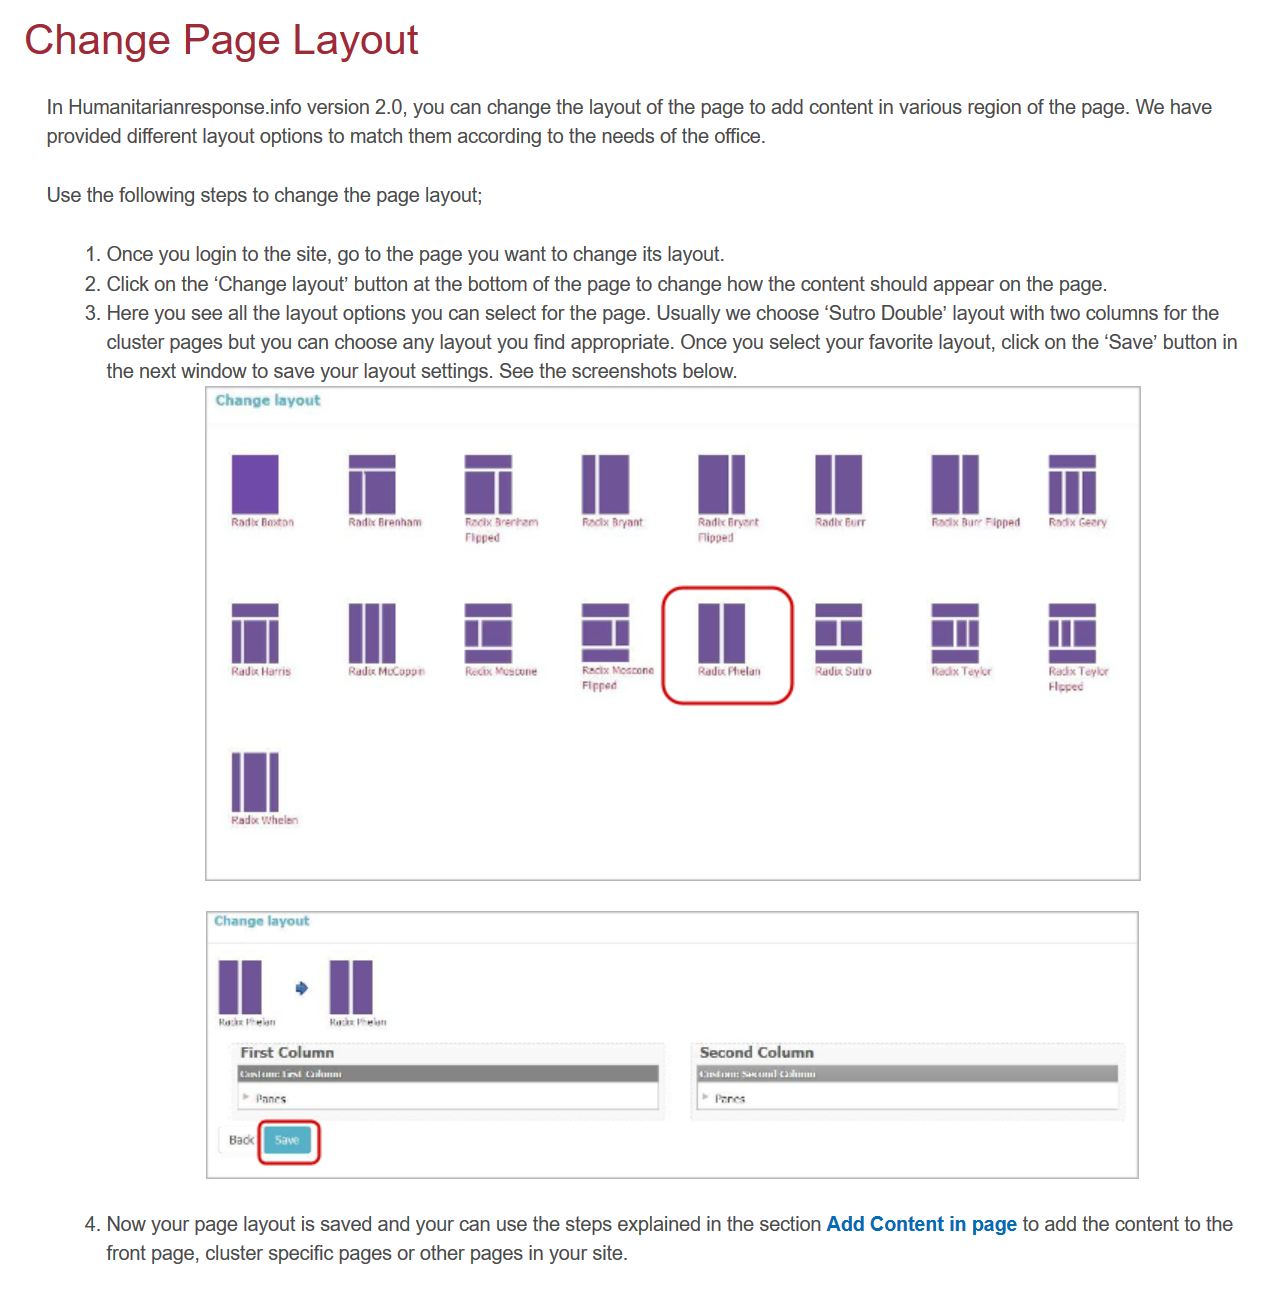
In Humanitarianresponse.info version 2.0, you can change the layout of the page to add content in various region of the page. We have
     provided different layout options to match them according to the needs of the office.
   Change    Page    Layout
     Use the following steps to change the page layout;
     1. Once you login to the site, go to the page you want to change its layout.
     2. Click on the ‘Change layout’ button at the bottom of the page to change how the content should appear on the page.
     4. Now your page layout is saved and your can use the steps explained in the section Add Content in page to add the content to the
     front page, cluster specific pages or other pages in your site.
     3. Here you see all the layout options you can select for the page. Usually we choose ‘Sutro Double’ layout with two columns for the
     cluster pages but you can choose any layout you find appropriate. Once you select your favorite layout, click on the ‘Save’ button in
     the next window to save your layout settings. See the screenshots below.

     Change layout
     Rac faxton

     Fade helen

     Radic Brenham Rackx frerham Rackx Bryant Radic Bryert
     Tipped    Flipped
     =    =
     sl    =
     Radic MoCopoe Rectx Moscone Racix Meccone
     Fipped
     Racix Bur’ Fipped
     Raxix Teyoe
     Revtx Geary
     Racdx Teybe
     Hepec

     First Column
     Serer ey
     * Panes
     =  =)
     Second Column